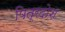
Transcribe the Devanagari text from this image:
पित्रदोश